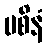
ပစိနံ